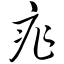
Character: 痄